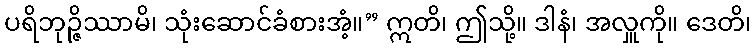
ပရိဘုဉ္ဇိဿာမိ၊ သုံးဆောင်ခံစားအံ့။” ဣတိ၊ ဤသို့။ ဒါနံ၊ အလှူကို။ ဒေတိ၊